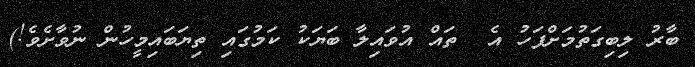
ބާރު ލިބިގަތުމަށްފަހު އެ  ތައް އުވައިލާ ބަޔަކު ކަމުގައި ތިޔަބައިމީހުން ނުވާށެވެ!)